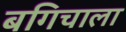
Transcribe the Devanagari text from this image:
बगिचाला